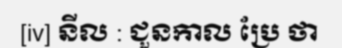
[iv] នីល : ជួនកាល ប្រែ ថា